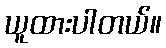
ယူထားပါတယ်။